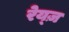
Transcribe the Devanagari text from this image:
रेय्ज़